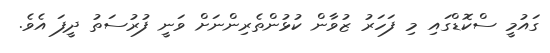
ގައުމީ ސްކޮޑްގައި މި ފަހަރު ޒުވާން ކުޅުންތެރިންނަށް ވަނީ ފުރުސަތު ދީފަ އެވެ.